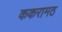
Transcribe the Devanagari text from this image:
ककरामठ